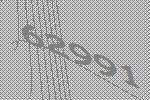
62991